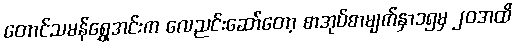
တောင်သမန်ရွှေအင်းက လေညင်းဆော်တော့ စာအုပ်စာမျက်နှာ၁၅မှ ၂၀အထိ